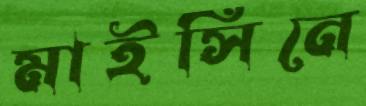
মাইসিনে